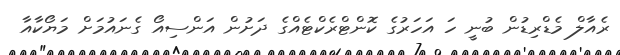
ރެއާލް މެޑްރިޑުން ބުނީ ހަ އަހަރުގެ ކޮންޓްރެކްޓެއްގެ ދަށުން އަންސިއޯ ގެނައުމަށް މަޔޯކާއާ